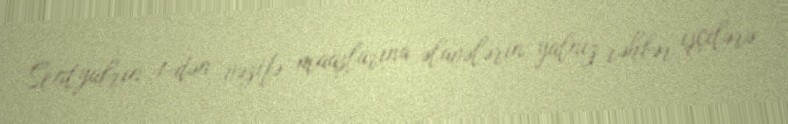
Sentyabrın 1-dən vəzifə maaşlarına əlavələrin yalnız rəhbər işçilərə